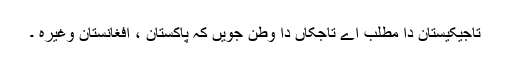
تاجیکیستان دا مطلب اے تاجکاں دا وطن جویں کہ پاکستان ، افغانستان وغیرہ ۔